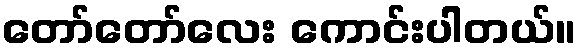
တော်တော်လေး ကောင်းပါတယ်။